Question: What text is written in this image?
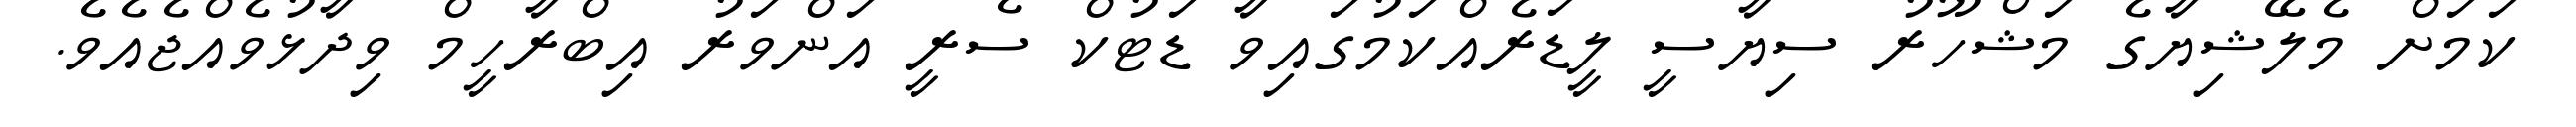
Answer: ކަމަށް މެލޭޝިޔާގެ މަޝްހޫރު ސިޔާސީ ލީޑަރެއްކަމުގައިވާ ޑަޓުކް ސެރީ އަންވަރު އިބްރާހީމް ވިދާޅުވެއްޖެއެވެ.